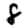
Digit: 8